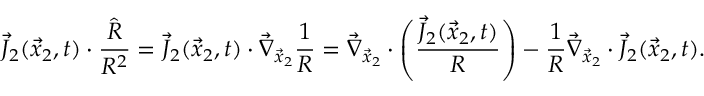
\vec { J } _ { 2 } ( \vec { x } _ { 2 } , t ) \cdot \frac { \hat { R } } { R ^ { 2 } } = \vec { J } _ { 2 } ( \vec { x } _ { 2 } , t ) \cdot \vec { \nabla } _ { \vec { x } _ { 2 } } \frac { 1 } { R } = \vec { \nabla } _ { \vec { x } _ { 2 } } \cdot \left( \frac { \vec { J } _ { 2 } ( \vec { x } _ { 2 } , t ) } { R } \right) - \frac { 1 } { R } \vec { \nabla } _ { \vec { x } _ { 2 } } \cdot \vec { J } _ { 2 } ( \vec { x } _ { 2 } , t ) .